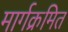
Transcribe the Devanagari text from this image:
मार्गक्रमित